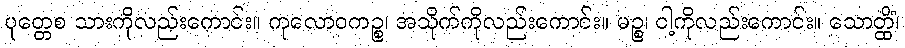
ပုတ္တေစ သားကိုလည်းကောင်း။ ကုလောဝကဉ္စ၊ အသိုက်ကိုလည်းကောင်း။ မဉ္စ၊ ငါ့ကိုလည်းကောင်း။ သောတ္ထိံ၊